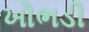
ખોભડી